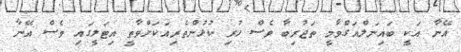
އޭނާ އަކީ ބައިނަލްއަގްވާމީ ތަޖުރިބާ ވެސް ހުރި ކުޅުންތެރިއަކަށްވާތީ އިޓަލީގައި ވެސް އޭނާ